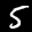
Label: 5